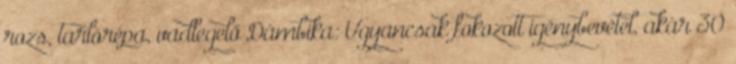
rozs, tarlórépa, vadlegelő Dámbika: Ugyancsak fokozott igénybevétel, akár 30